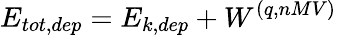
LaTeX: E_{tot,dep}=E_{k,dep}+W^{(q,nMV)}